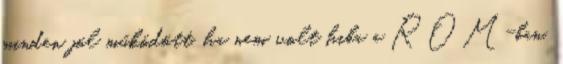
minden jól működött, ha nem volt hiba a ROM-ban,